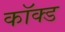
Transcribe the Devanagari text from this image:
कॉक्ड